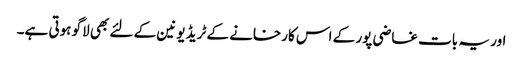
اور یہ بات غاضی پور کے اس کارخانے کے ٹریڈ یونین کے لئے بھی لاگو ہوتی ہے۔